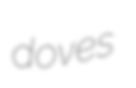
doves